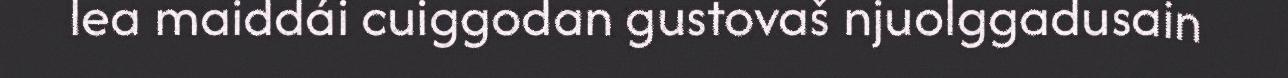
lea maiddái cuiggodan gustovaš njuolggadusain